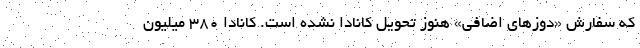
که سفارش «دوزهای اضافی» هنوز تحویل کانادا نشده است. کانادا ۳۸۰ میلیون